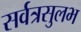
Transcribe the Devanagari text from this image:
सर्वत्रसुलभ